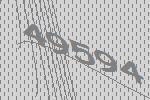
49594